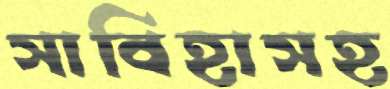
সাবিহাসহ